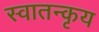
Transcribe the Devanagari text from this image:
स्वातन्कृय